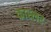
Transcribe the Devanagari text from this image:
कास्लर